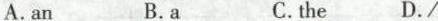
A. an B. a C. the D. /